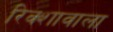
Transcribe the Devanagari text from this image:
रिक्शावाला